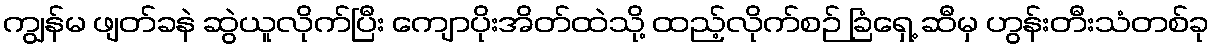
ကျွန်မ ဖျတ်ခနဲ ဆွဲယူလိုက်ပြီး ကျောပိုးအိတ်ထဲသို့ ထည့်လိုက်စဉ် ခြံရှေ့ ဆီမှ ဟွန်းတီးသံတစ်ခု